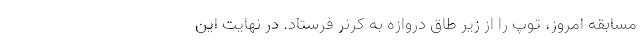
مسابقه امروز، توپ را از زیر طاق دروازه به کرنر فرستاد. در نهایت این